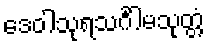
ဒေဝါသုရသင်္ဂါမသုတ္တံ